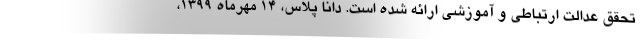
تحقق عدالت ارتباطی و آموزشی ارائه شده است. دانا پلاس، ۱۴ مهرماه ۱۳۹۹،